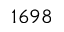
1 6 9 8